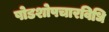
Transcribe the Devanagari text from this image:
षोडशोपचारविधि